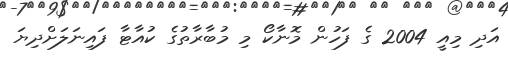
އަދި މިއީ 2004 ގެ ފަހުން މޮނާކޯ މި މުބާރާތުގެ ކުއާޓާ ފައިނަލަށްދިޔަ